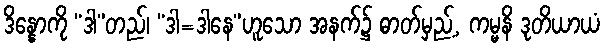
ဒိန္နောကို “ဒါ”တည်၊ “ဒါ=ဒါနေ”ဟူသော အနက်၌ ဓာတ်မှည့်, ကမ္မနိ ဒုတိယာယံ